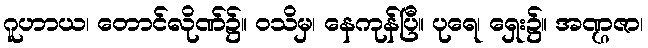
ဂူဟာယ၊ တောင်လိုဏ်၌။ ဝသိမှ၊ နေကုန်ပြီ။ ပုရေ၊ ရှေး၌။ အဏ္ဌဇာ၊